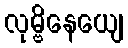
လုမ္ဗိနေယျေ